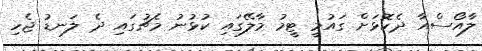
ލާއޯސްއާ ދެކޮޅަށް ގައުމީ ޓީމު މާލޭގައި ކުޅުނު މެޗުގައި ދެ ލަނޑު ޖެހި